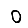
Digit: 0